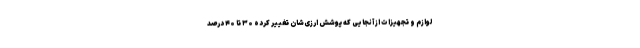
لوازم و تجهیزات از آنجایی که پوشش ارزی‌شان تغییر کرده ۳۰ تا ۴۰ درصد